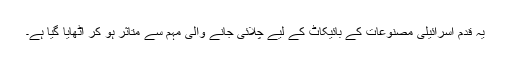
یہ قدم اسرائیلی مصنوعات کے بائیکاٹ کے لیے چلائی جانے والی مہم سے متاثر ہو کر اٹھایا گیا ہے۔